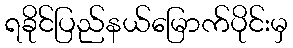
ရခိုင်ပြည်နယ်မြောက်ပိုင်းမှ